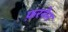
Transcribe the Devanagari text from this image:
फ़रनैन